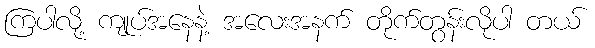
ကြပါလို့ ကျုပ်အနေနဲ့ အလေးအနက် တိုက်တွန်းလိုပါ တယ်